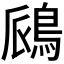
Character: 𫚺